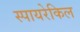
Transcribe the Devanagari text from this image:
स्पायरेकिल